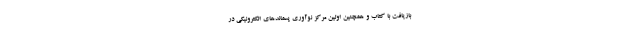
بازیافت با کتاب و همچنین اولین مرکز نوآوری پسماندهای الکترونیکی در